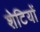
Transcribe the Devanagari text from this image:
शेटियों